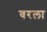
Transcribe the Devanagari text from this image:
वरला